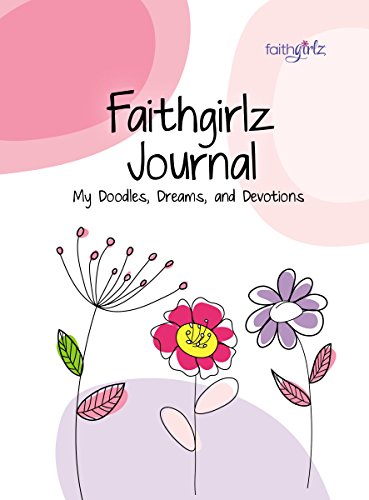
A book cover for Faithgirlz Journal: My Doodles, Dreams, and Devotions; Zondervan; Children's Books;